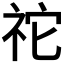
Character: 𥙇